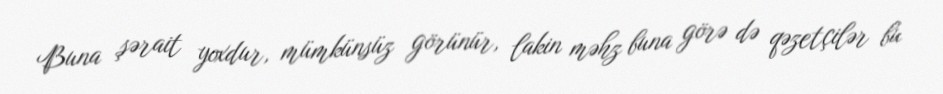
Buna şərait yoxdur, mümkünsüz görünür, lakin məhz buna görə də qəzetçilər bu